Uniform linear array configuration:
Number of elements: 32
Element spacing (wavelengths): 0.25
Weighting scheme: hann
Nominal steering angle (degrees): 45
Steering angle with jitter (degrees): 44.497
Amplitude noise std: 0.05
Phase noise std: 0.05

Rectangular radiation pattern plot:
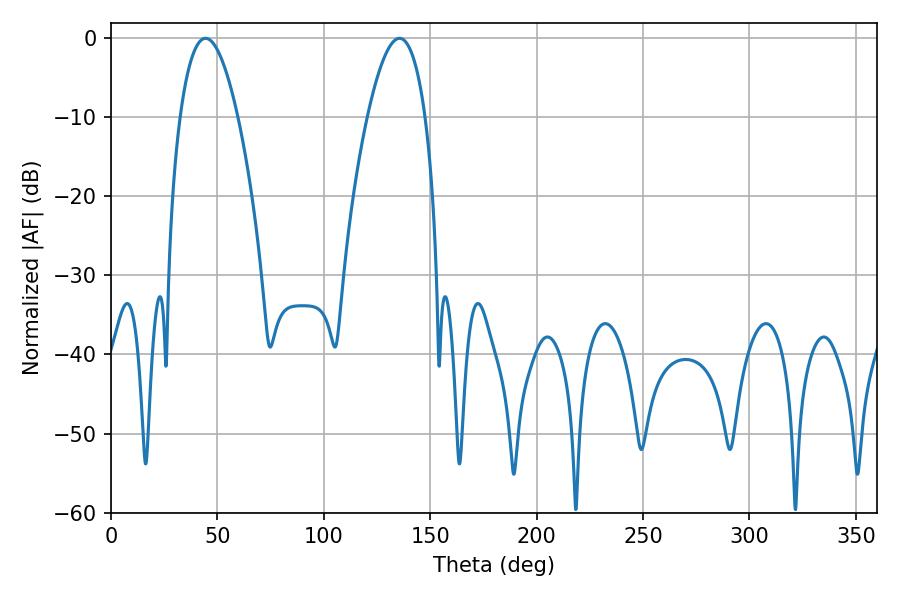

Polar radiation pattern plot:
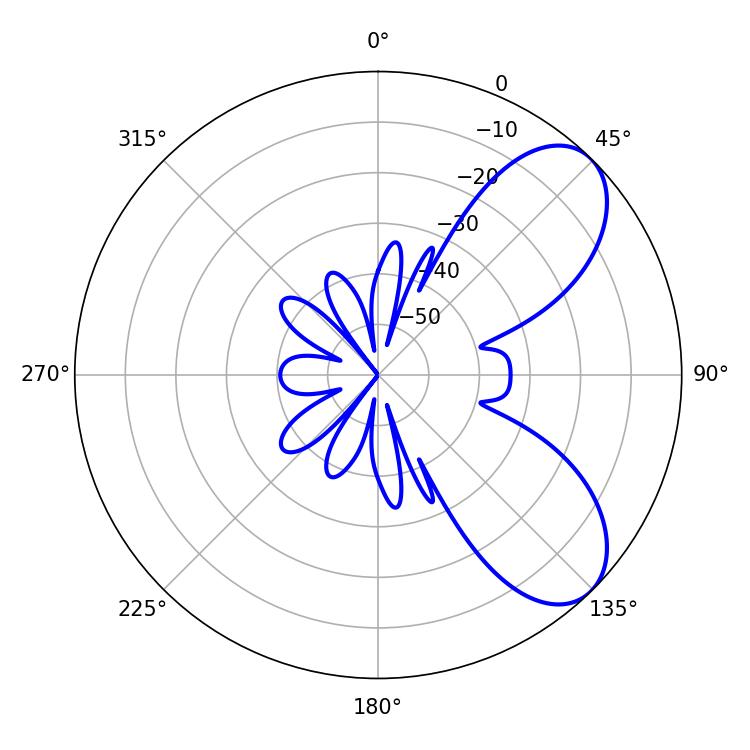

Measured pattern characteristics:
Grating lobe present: FALSE
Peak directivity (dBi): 7.04
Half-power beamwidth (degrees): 14.94
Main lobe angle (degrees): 44.46